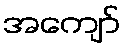
အကျော်